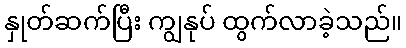
နှုတ်ဆက်ပြီး ကျွနုပ် ထွက်လာခဲ့သည်။